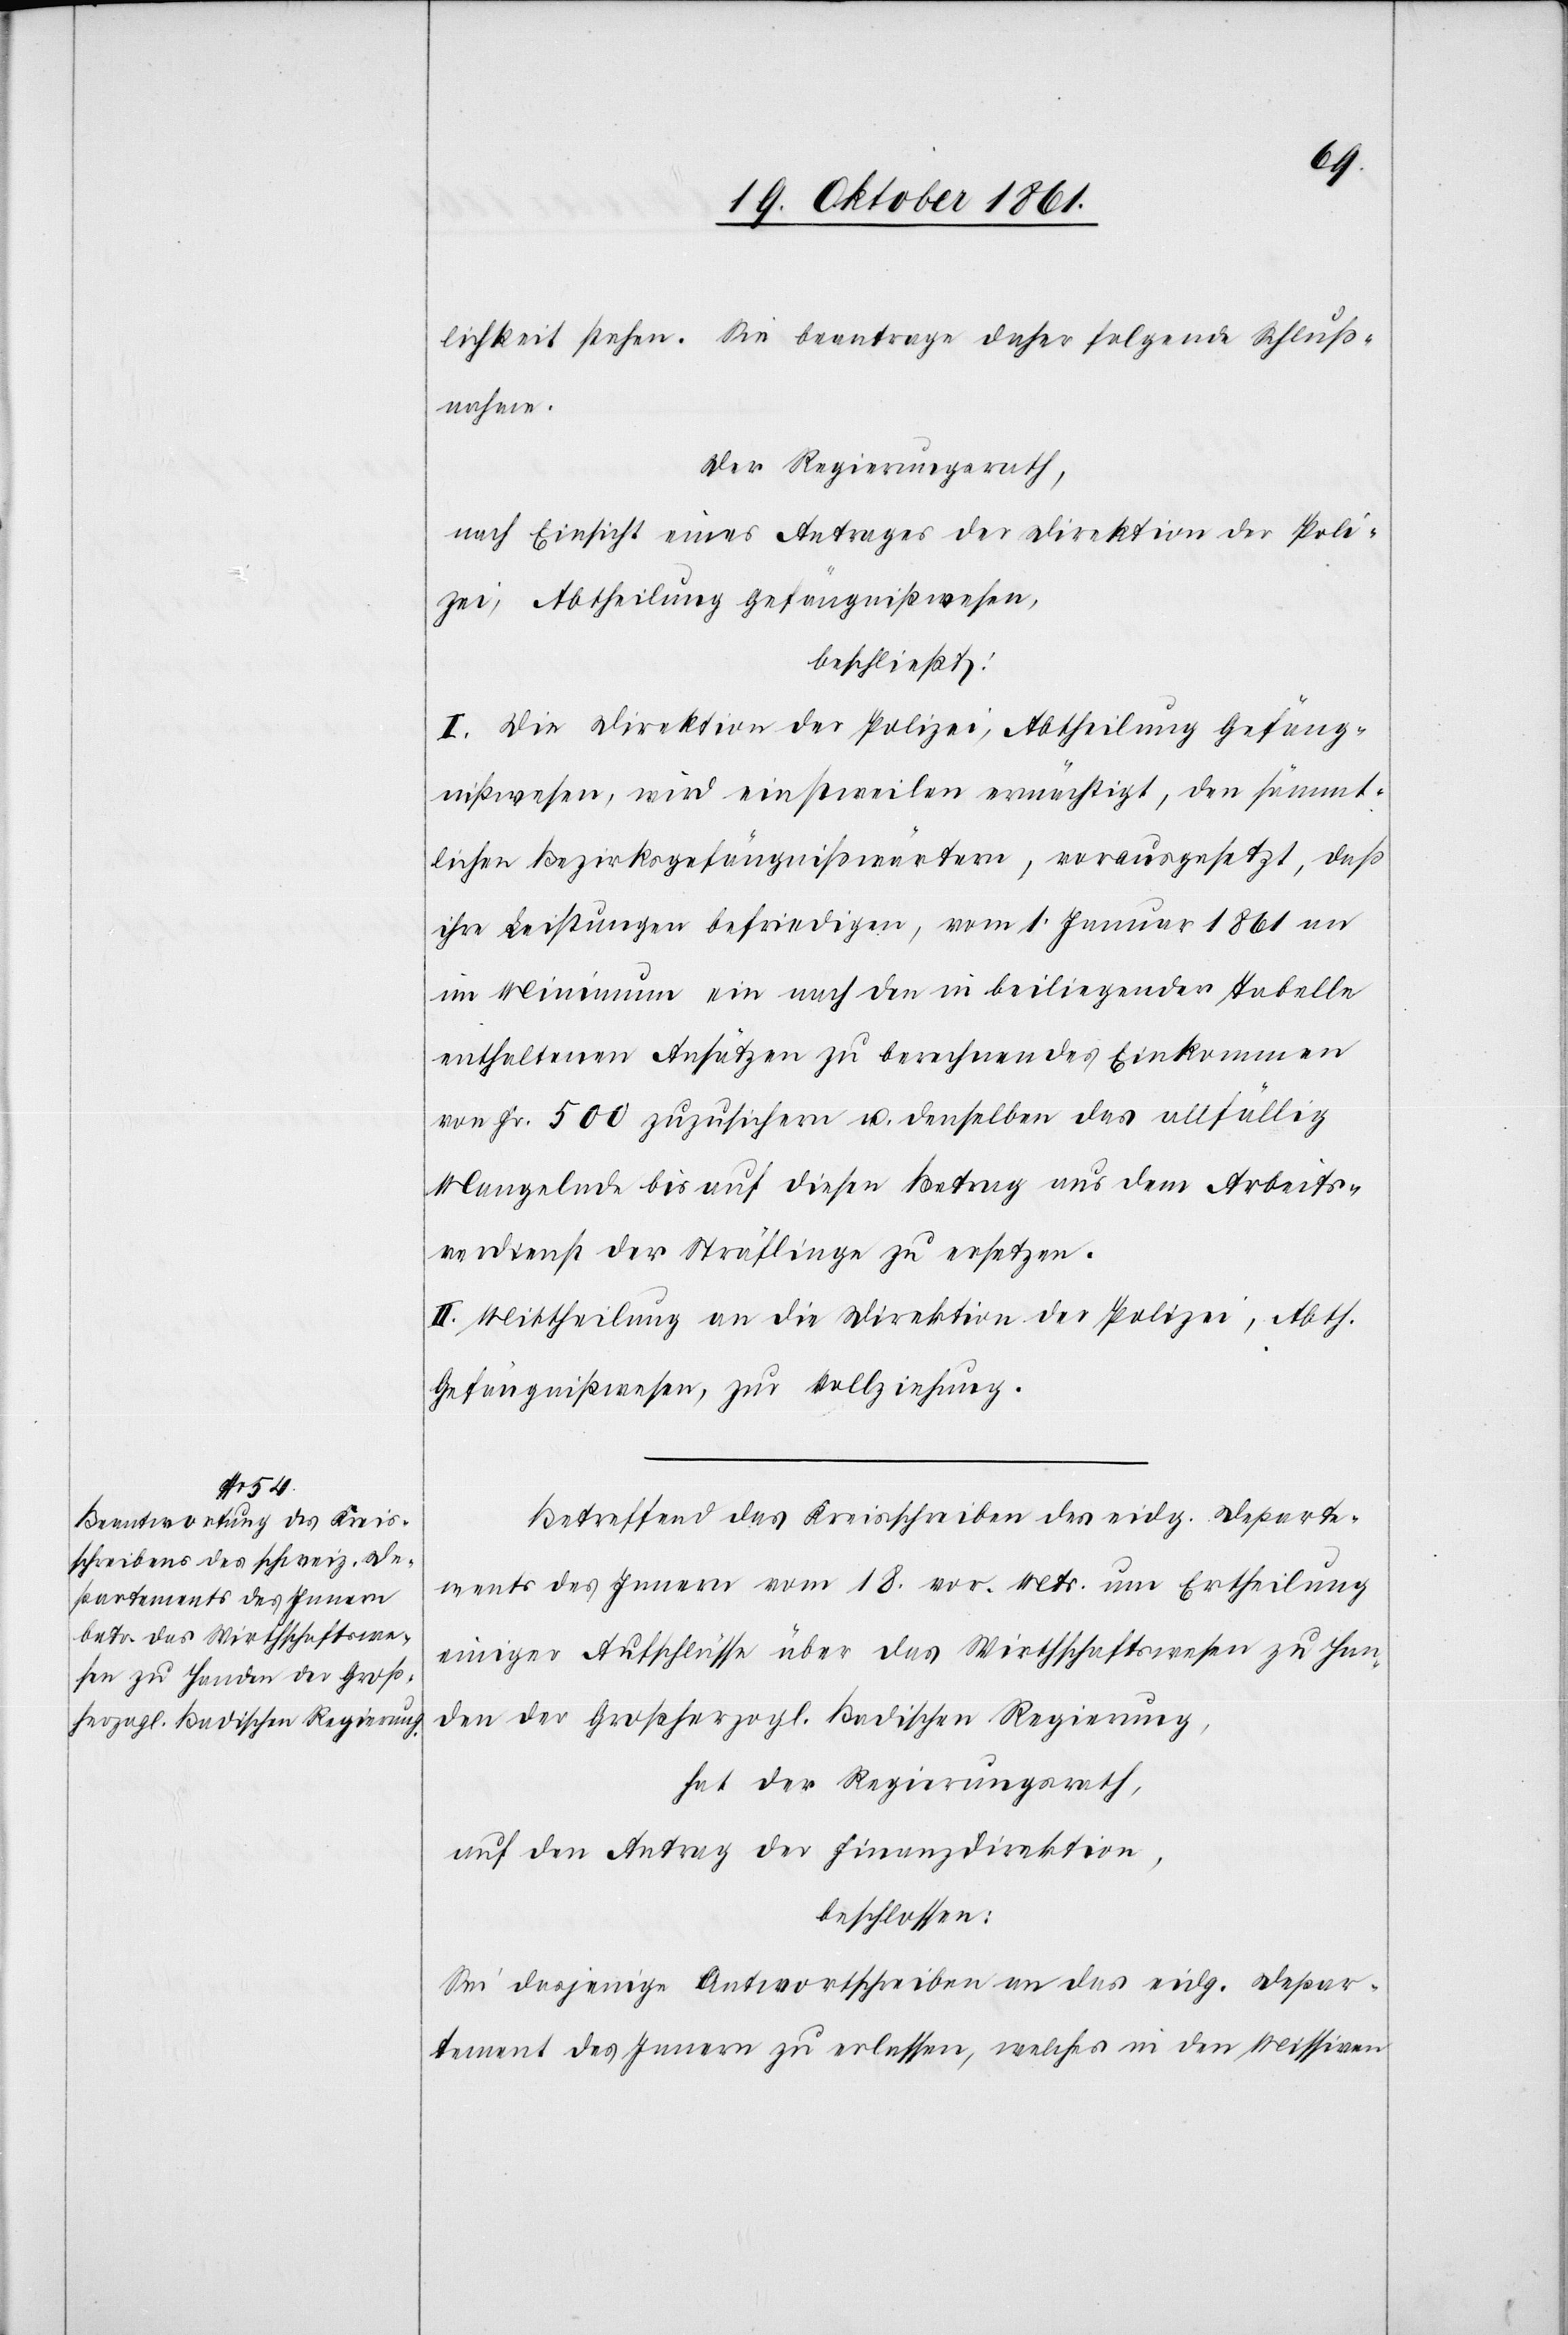
lichkeit stehen. Sie beantrage daher folgende Schluß¬
nahme.
Der Regierungsrath,
nach Einsicht eines Antrages der Direktion der Poli¬
zei, Abtheilung Gefängnißwesen,
beschließt:
I. Die Direktion der Polizei, Abtheilung Gefäng¬
nißwesen, wird einstweilen ermächtigt, den sämmt¬
lichen Bezirksgefängnißwärtern, vorausgesetzt, daß
ihre Leistungen befriedigen, vom 1 Januar 1861 an
im Minimum ein nach den in beiliegender Tabelle
enthaltenen Ansätzen zu berechnendes Einkommen
von Fr. 500 zuzusichern u. denselben das allfällig
Mangelnde bis auf diesen Betrag aus dem Arbeits¬
verdienst der Sträflinge zu ersetzen.
II. Mittheilung an die Direktion der Polizei, Abth.
Gefängnißwesen, zur Vollziehung.
Betreffend das Kreisschreiben des eidg. Departe¬
ments des Innern vom 18 vor. Mts. um Ertheilung
einiger Aufschlüsse über das Wirthschaftswesen zu Han¬
den der Großherzogl. Badischen Regierung,
hat der Regierungsrath,
auf den Antrag der Finanzdirektion,
beschlossen:
Sei dasjenige Antwortschreiben an das eidg. Depar¬
tement des Innern zu erlassen, welches in den Missiven